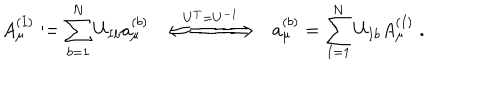
LaTeX: A _ { \mu } ^ { ( I ) } : = \sum _ { b = 1 } ^ { N } U _ { I b } a _ { \mu } ^ { ( b ) } \; \; \stackrel { U ^ { T } = U ^ { - 1 } } { \Longleftarrow \! \! = \! \! = \! \! = \! \! = \! \! = \! \! \! \Longrightarrow } \; \; a _ { \mu } ^ { ( b ) } = \sum _ { I = 1 } ^ { N } U _ { I b } A _ { \mu } ^ { ( I ) } \; .